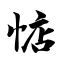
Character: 惦